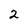
Character: 2